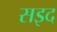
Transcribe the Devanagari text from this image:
सइद